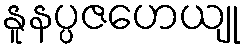
နူနပ္ပဇဟေယျု